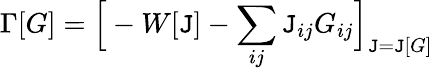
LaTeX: \Gamma[G]={\Big[}-W[\mathtt{J}]-\sum_{ij}\mathtt{J}_{ij}G_{ij}{\Big]}_{\mathtt{J}=\mathtt{J}[G]}